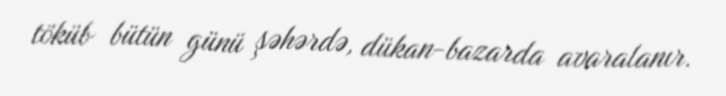
töküb bütün günü şəhərdə, dükan-bazarda avaralanır.